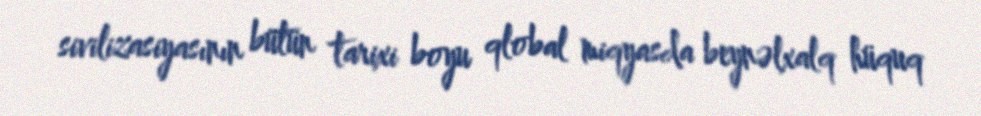
sivilizasiyasının bütün tarixi boyu qlobal miqyasda beynəlxalq hüquq